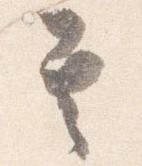
其